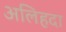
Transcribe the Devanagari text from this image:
अलिहदा